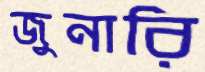
জুনারি